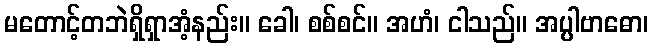
မတောင့်တဘဲရှိရှာအံ့နည်း။ ခေါ၊ စစ်စင်။ အဟံ၊ ငါသည်။ အပ္ပါဗာဓော၊